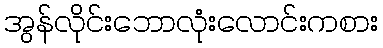
အွန်လိုင်းဘောလုံးလောင်းကစား